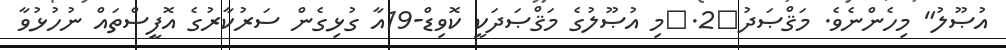
އުޞޫލު" މިހެންނެވެ. މަޤްޞަދު	2.	މި އުޞޫލުގެ މަޤްޞަދަކީ ކޮވިޑް-19އާ ގުޅިގެން ސަރުކާރުގެ އޮފީސްތައް ނުހުޅުވާ